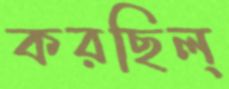
করছিল্